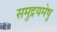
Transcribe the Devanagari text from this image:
समुद्रयमेषु